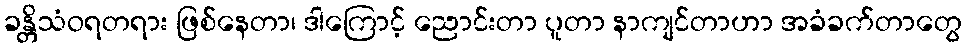
ခန္တိသံဝရတရား ဖြစ်နေတာ၊ ဒါကြောင့် ညောင်းတာ ပူတာ နာကျင်တာဟာ အခံခက်တာတွေ